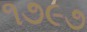
૧૭૯૭